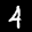
Label: 4